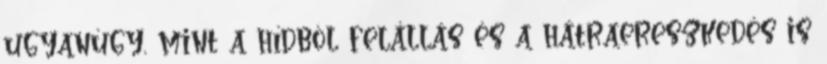
ugyanúgy, mint a hídból felállás és a hátraereszkedés is